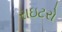
રાઇટરો